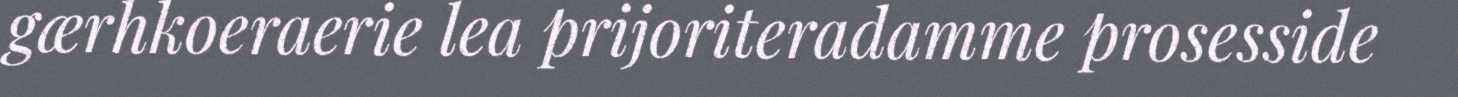
gærhkoeraerie lea prijoriteradamme prosesside